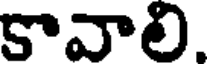
కావాలి.